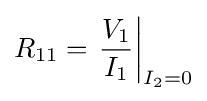
R_{11}=\left.{\frac {V_{1}}{I_{1}}}\right|_{I_{2}=0}